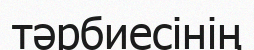
тәрбиесінің